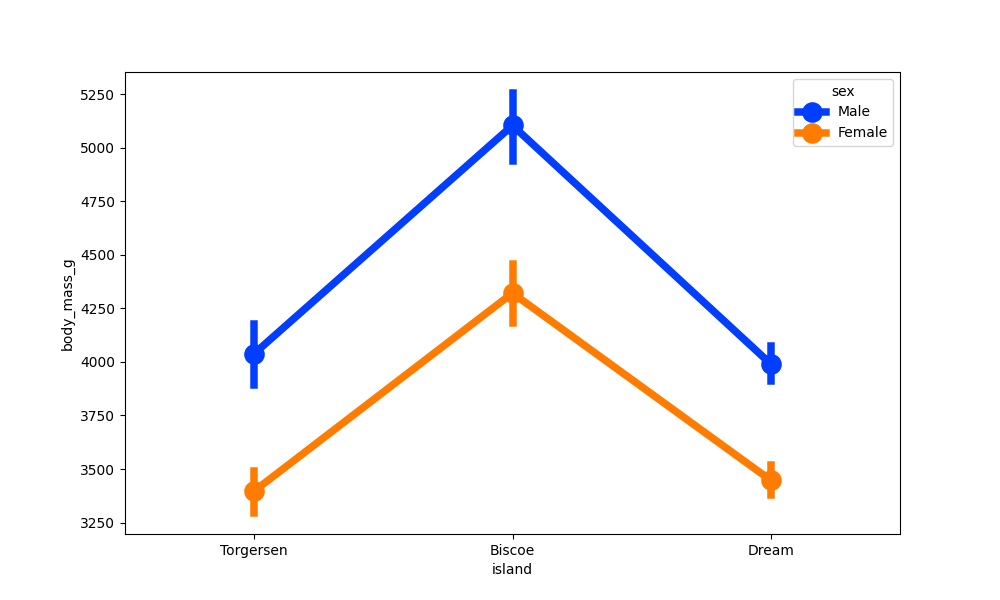
python, seaborn, pointplot, scale=2.0, join=True, hue='sex', palette='bright'